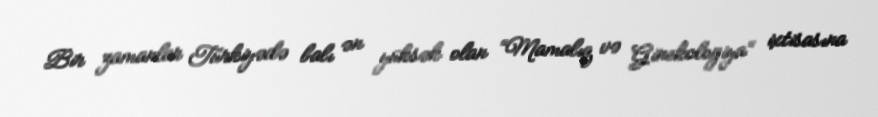
Bir zamanlar Türkiyədə balı ən yüksək olan “Mamalıq və Ginekologiya” ixtisasına